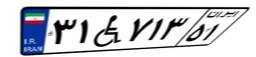
۹۱W۸۷۰۲۰